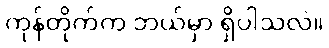
ကုန်တိုက်က ဘယ်မှာ ရှိပါသလဲ။